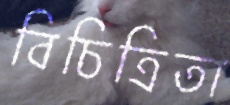
বিচিত্রিতা